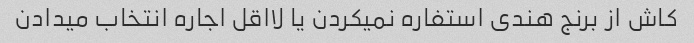
کاش از برنج هندی استفاره نمیکردن یا لااقل اجاره انتخاب میدادن